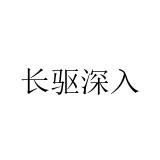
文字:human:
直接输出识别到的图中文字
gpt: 长驱深入